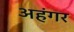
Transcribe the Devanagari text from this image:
अहंगर